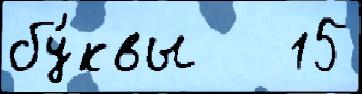
бу́квы   15